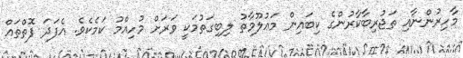
މާހިރުންނާއި ތަޖުރިބާކާރުންގެ ކިބައިން މަޢުލޫމާތު ލިބިގަތުމަކީ ވަރަށް މުހިއްމު ކަމެކެވެ. އެފަދަ ފޮތްތައް